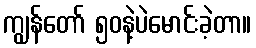
ကျွန်တော် ၅၀နဲ့ပဲမောင်းခဲ့တာ။